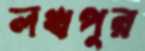
লখপুর